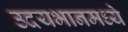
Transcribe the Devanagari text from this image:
उदयभानमध्ये